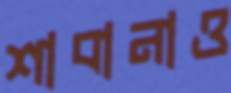
শাবানাও